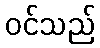
ဝင်သည်